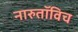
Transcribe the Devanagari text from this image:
नारुतॉविच